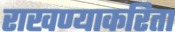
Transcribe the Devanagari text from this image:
राखण्याकरिता